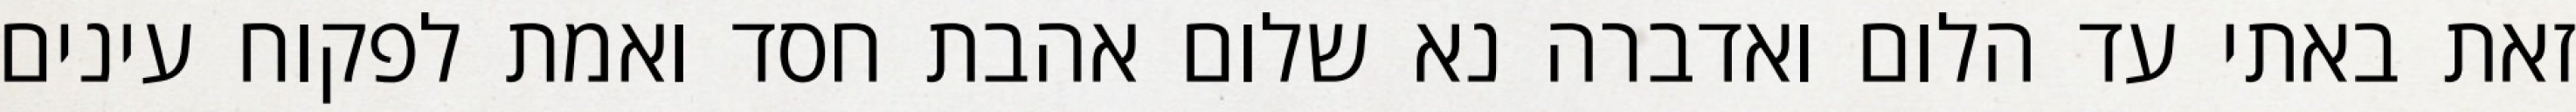
זאת באתי עד הלום ואדברה נא שלום אהבת חסד ואמת לפקוח עינים